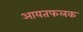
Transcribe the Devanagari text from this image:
आयतफलक